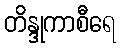
တိန္ဒုကာစီရေ